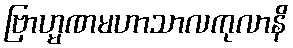
ဗြာဟ္မဏမဟာသာလကုလာနိ